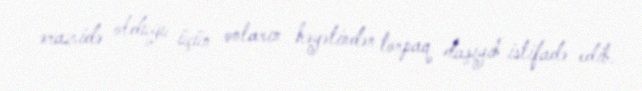
ərazidə olduğu üçün onların həyətindən torpaq daşıyıb istifadə edib.